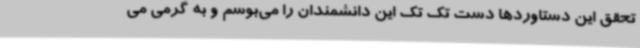
تحقق این دستاوردها دست تک تک این دانشمندان را می‌بوسم و به گرمی می